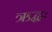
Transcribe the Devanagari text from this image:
ऋद्धः